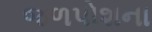
જળપોશના